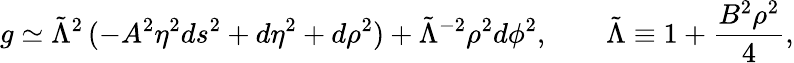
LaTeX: g\simeq\tilde{\Lambda}^{2}\, (-A^{2}\eta^{2}ds^{2}+d\eta^{2}+d\rho^{2})+\tilde{\Lambda}^{-2}\rho^{2}d\phi^{2},\qquad\tilde{\Lambda}\equiv 1+\frac{B^{2}\rho^{2}}{4},